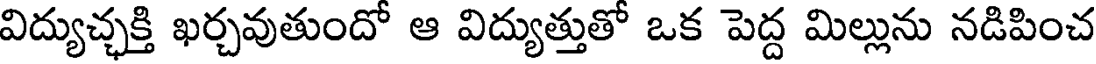
విద్యుచ్ఛక్తి ఖర్చవుతుందో ఆ విద్యుత్తుతో ఒక పెద్ద మిల్లును నడిపించ